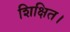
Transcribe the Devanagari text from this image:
शिक्षित।